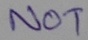
Text: NOT